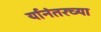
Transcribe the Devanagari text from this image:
र्यानंतरच्या